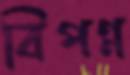
বিপণ্ন